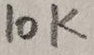
Text: 10K